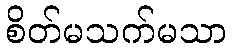
စိတ်မသက်မသာ